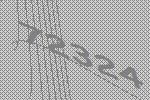
72324